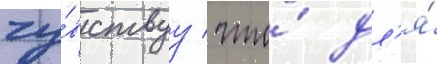
чу́вствуу / что́ дл'я́